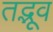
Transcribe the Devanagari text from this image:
तद्भूव